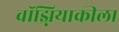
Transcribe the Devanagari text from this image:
वॉझ्नियाकीला